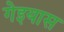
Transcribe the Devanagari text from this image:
गेइयास